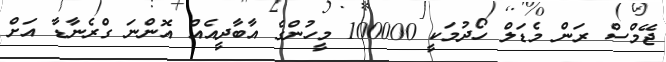
ޖޭމްސް ރަން މެޑަލް ހޯދުމަކީ 100000 މީހުންގެ އާބާދީއެއް އޮންނަ ގްރެނާޑާ އަށް